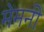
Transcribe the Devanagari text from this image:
मेमनी